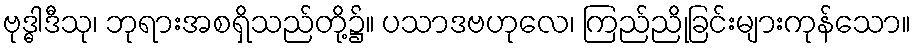
ဗုဒ္ဓါဒီသု၊ ဘုရားအစရှိသည်တို့၌။ ပသာဒဗဟုလေ၊ ကြည်ညိုခြင်းများကုန်သော။